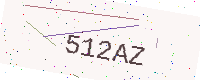
Text: 512AZ